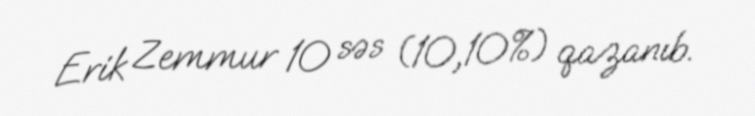
Erik Zemmur 10 səs (10,10%) qazanıb.